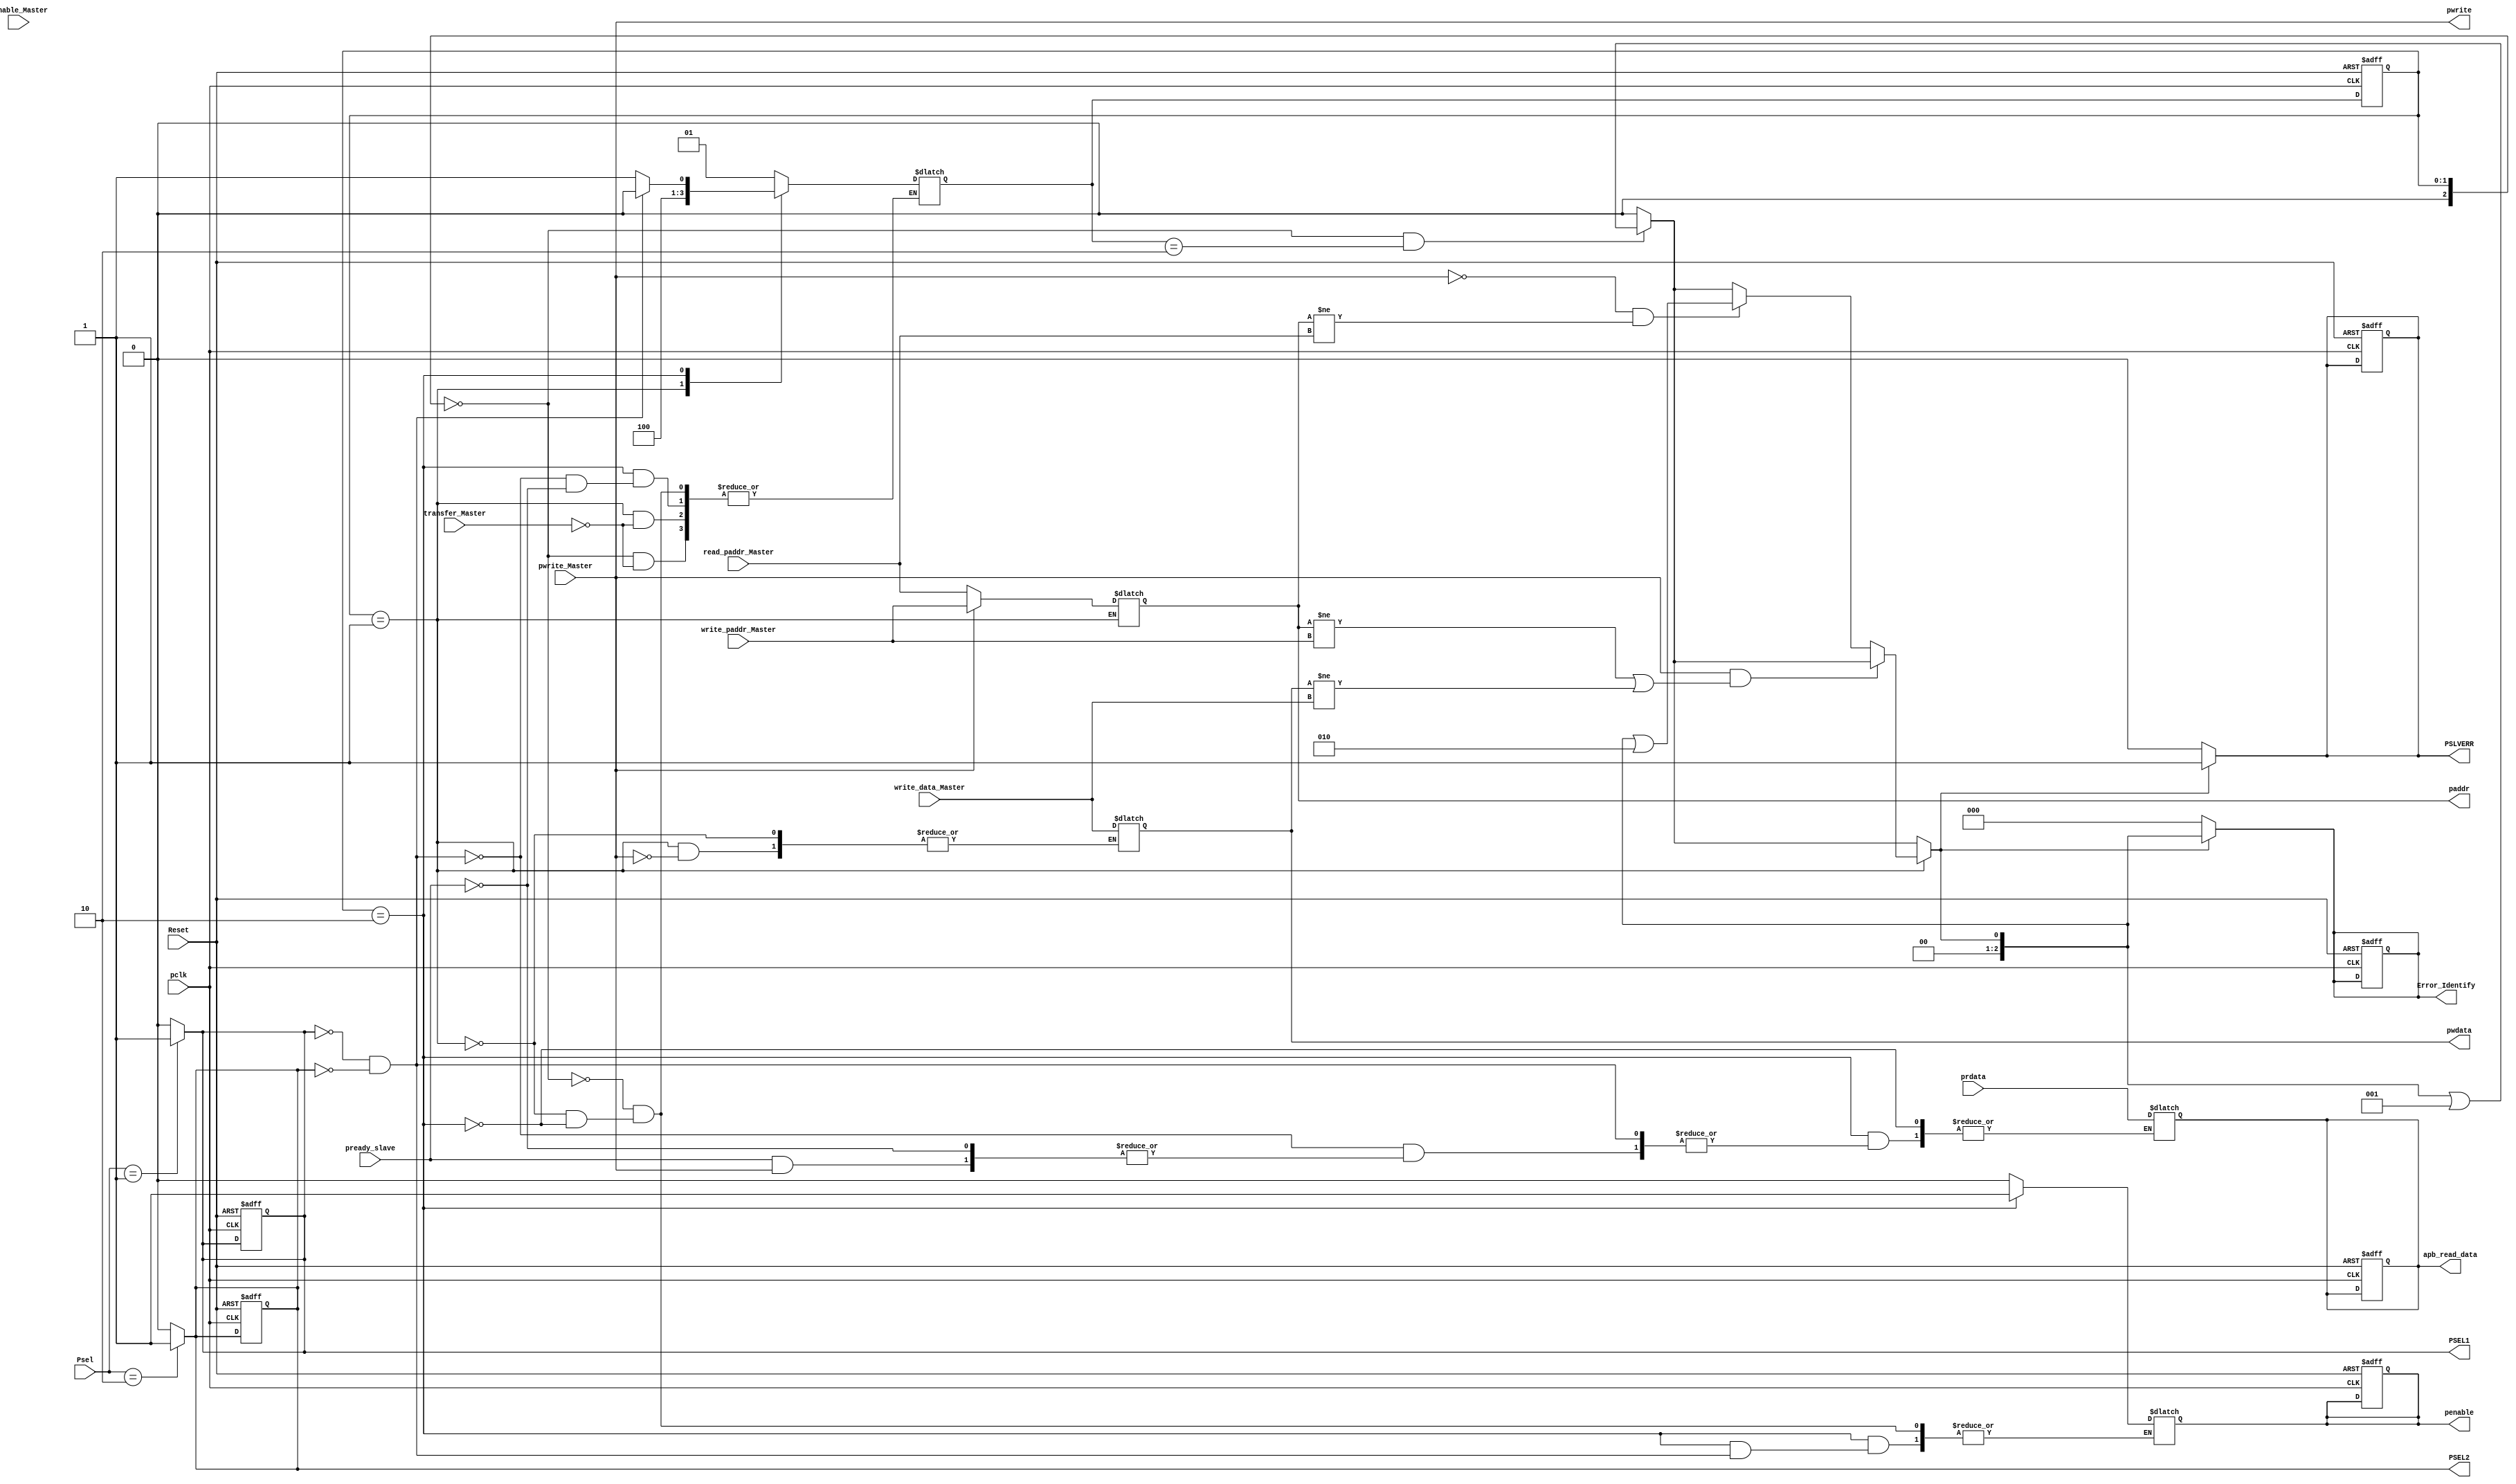
module APB_Bridge (
    // Taken From Master (Cpu)
    input  pclk,
    input  penable_Master,
    input  pwrite_Master,
    input transfer_Master,
    input Reset,
    input [1:0] Psel,
    input [4:0]  write_paddr_Master,read_paddr_Master,
    input [31:0] write_data_Master,   

    //  inputs from Slave
    input pready_slave,
    input [31:0] prdata,

    // Outputs To Slaves
    output reg pwrite , penable,
    // pwdata = write_data_Master
    // paddr = write_paddr_Master or read_paddr_Master address depend on pwrite coming from master 
    output reg [31:0] pwdata,
    output reg[4:0]paddr,
    output reg PSEL1,PSEL2,
    // apb_read_data data to computer coming from reading slave 
    output reg [31:0] apb_read_data,
    // Issue an Error 
    output reg PSLVERR,
    // Know The Type of Error
    output reg [2:0] Error_Identify

);
reg [2:0] CurrentState=IDLE, NextState=IDLE;
localparam IDLE = 2'b00, SETUP = 2'b01, Access = 2'b10 ;
localparam Setup_Error = 3'b001 ,Invalid_Addr = 3'b010  , Invalid_PWrite = 3'b011 ;
reg [2:0] Error_Identify_Check;

// Choose Psel depend on Tb and send it to Slaves
always @(Psel) begin
    case (Psel)
        1 : begin
          PSEL1 <= 1;
          PSEL2 <= 0;
        end 
        2 : begin
          PSEL1 <= 0;
          PSEL2 <= 1;
        end
        default: begin
            PSEL1 <= 0;
            PSEL2 <= 0;
        end 
    endcase
end



always @(CurrentState,transfer_Master,pready_slave) begin   
            pwrite <= pwrite_Master; 
            case (CurrentState)
                IDLE: 
                    begin
                        penable = 0;
                        if (transfer_Master) begin
                            NextState <= SETUP;
                        end                       
                    end
                SETUP:
                    begin
                        penable = 0;
                        // if Master called Write Bus will send Address of Write else will send read Address
                        // write data in setup
                        if (pwrite_Master) begin
                            paddr <= write_paddr_Master;
                            pwdata <= write_data_Master;

                        end
                        else begin
                            paddr <= read_paddr_Master;
                        end
                        if (transfer_Master) begin
                            NextState <= Access;
                        end
                    end
                Access: 
                    begin
                        if (!PSEL1 && !PSEL2) begin
                            NextState <= IDLE;
                        end
                        else begin
                                penable = 1;
                                if (pready_slave) begin
                                    // Read Data from slave output to read_out 
                                    NextState <= SETUP; 
                                if (!pwrite_Master) begin
                                   apb_read_data <= prdata;
                                end

                                end
                        end
                    end
            endcase
end

always @(posedge pclk or posedge Reset) begin
    if (Reset) begin
        CurrentState <= IDLE;
        PSLVERR <= 0;
        Error_Identify <= 0;
        apb_read_data <= 0;
        PSEL1 <= 0;
        PSEL2 <= 0;
        penable <= 0;
    end
    else begin
        CurrentState <= NextState;
    end
end

always @(*) begin
    Error_Identify_Check <= 0;
    // Check if go From IDLE to Access in No Time this Setup Error 
    if (CurrentState == IDLE && NextState == Access ) begin
        Error_Identify_Check <= Error_Identify_Check || Setup_Error;
    end
    // Check if Write or Read Not Correct
    if (CurrentState == SETUP) begin
        if (pwrite_Master != pwrite) begin
            Error_Identify_Check <= Error_Identify_Check || Invalid_PWrite ;
        end
        else begin
            if (pwrite && (paddr != write_paddr_Master || pwdata != write_data_Master)) begin
                // Error_Identify_Check <= Error_Identify_Check || Invalid_Addr ;
            end
            else if(!pwrite && (paddr != read_paddr_Master)) begin
                Error_Identify_Check <= Error_Identify_Check || Invalid_Addr ;
            end
        end       
    end

    if (Error_Identify_Check != 0) begin
        PSLVERR <= 1;
        Error_Identify <= Error_Identify_Check;
    end
    else begin
        PSLVERR <= 0;
        Error_Identify <= 0;
    end
      
    
end
endmodule